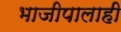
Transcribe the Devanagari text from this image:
भाजीपालाही